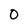
Character: 0